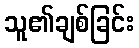
သူ၏ချစ်ခြင်း